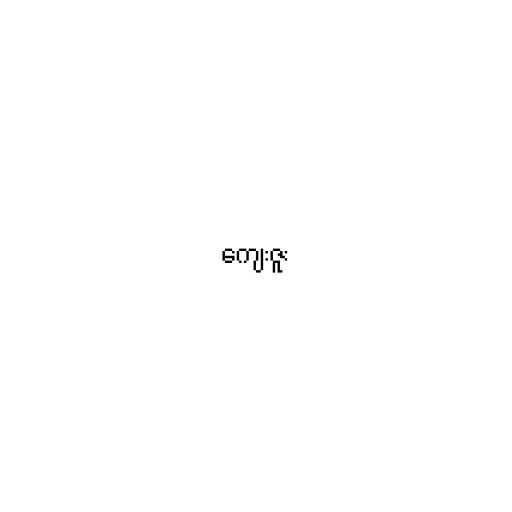
ကျေးဇူး